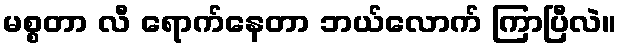
မစ္စတာ လီ ရောက်နေတာ ဘယ်လောက် ကြာပြီလဲ။